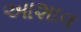
આશાવ